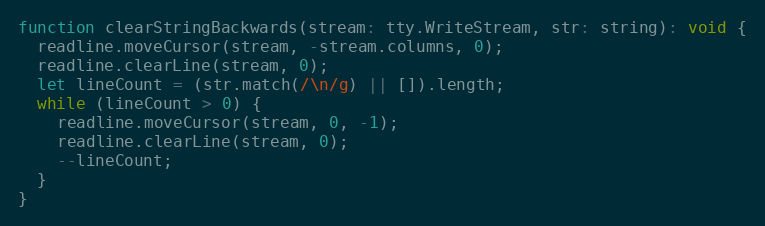
Language: JavaScript
function clearStringBackwards(stream: tty.WriteStream, str: string): void {
  readline.moveCursor(stream, -stream.columns, 0);
  readline.clearLine(stream, 0);
  let lineCount = (str.match(/\n/g) || []).length;
  while (lineCount > 0) {
    readline.moveCursor(stream, 0, -1);
    readline.clearLine(stream, 0);
    --lineCount;
  }
}